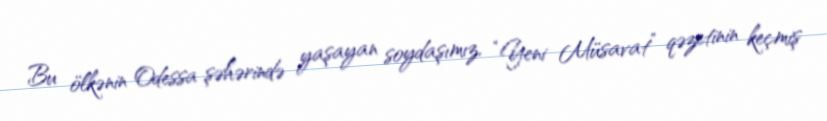
Bu ölkənin Odessa şəhərində yaşayan soydaşımız, “Yeni Müsavat” qəzetinin keçmiş